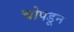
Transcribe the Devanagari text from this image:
चोपडून